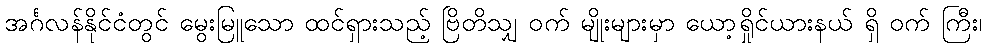
အင်္ဂလန်နိုင်ငံတွင် မွေးမြူသော ထင်ရှားသည့် ဗြိတိသျှ ဝက် မျိုးများမှာ ယော့ရှိုင်ယားနယ် ရှိ ဝက် ကြီး၊